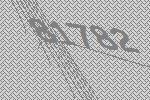
81782